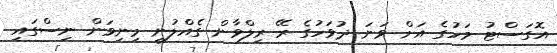
އޮގަސްޓު މަހުގެ އަށް ވަނަ ދުވަހުގެ ރޭ ރިލްވާން ގެއްލުނީ މިނިވަން ނިސްގައި